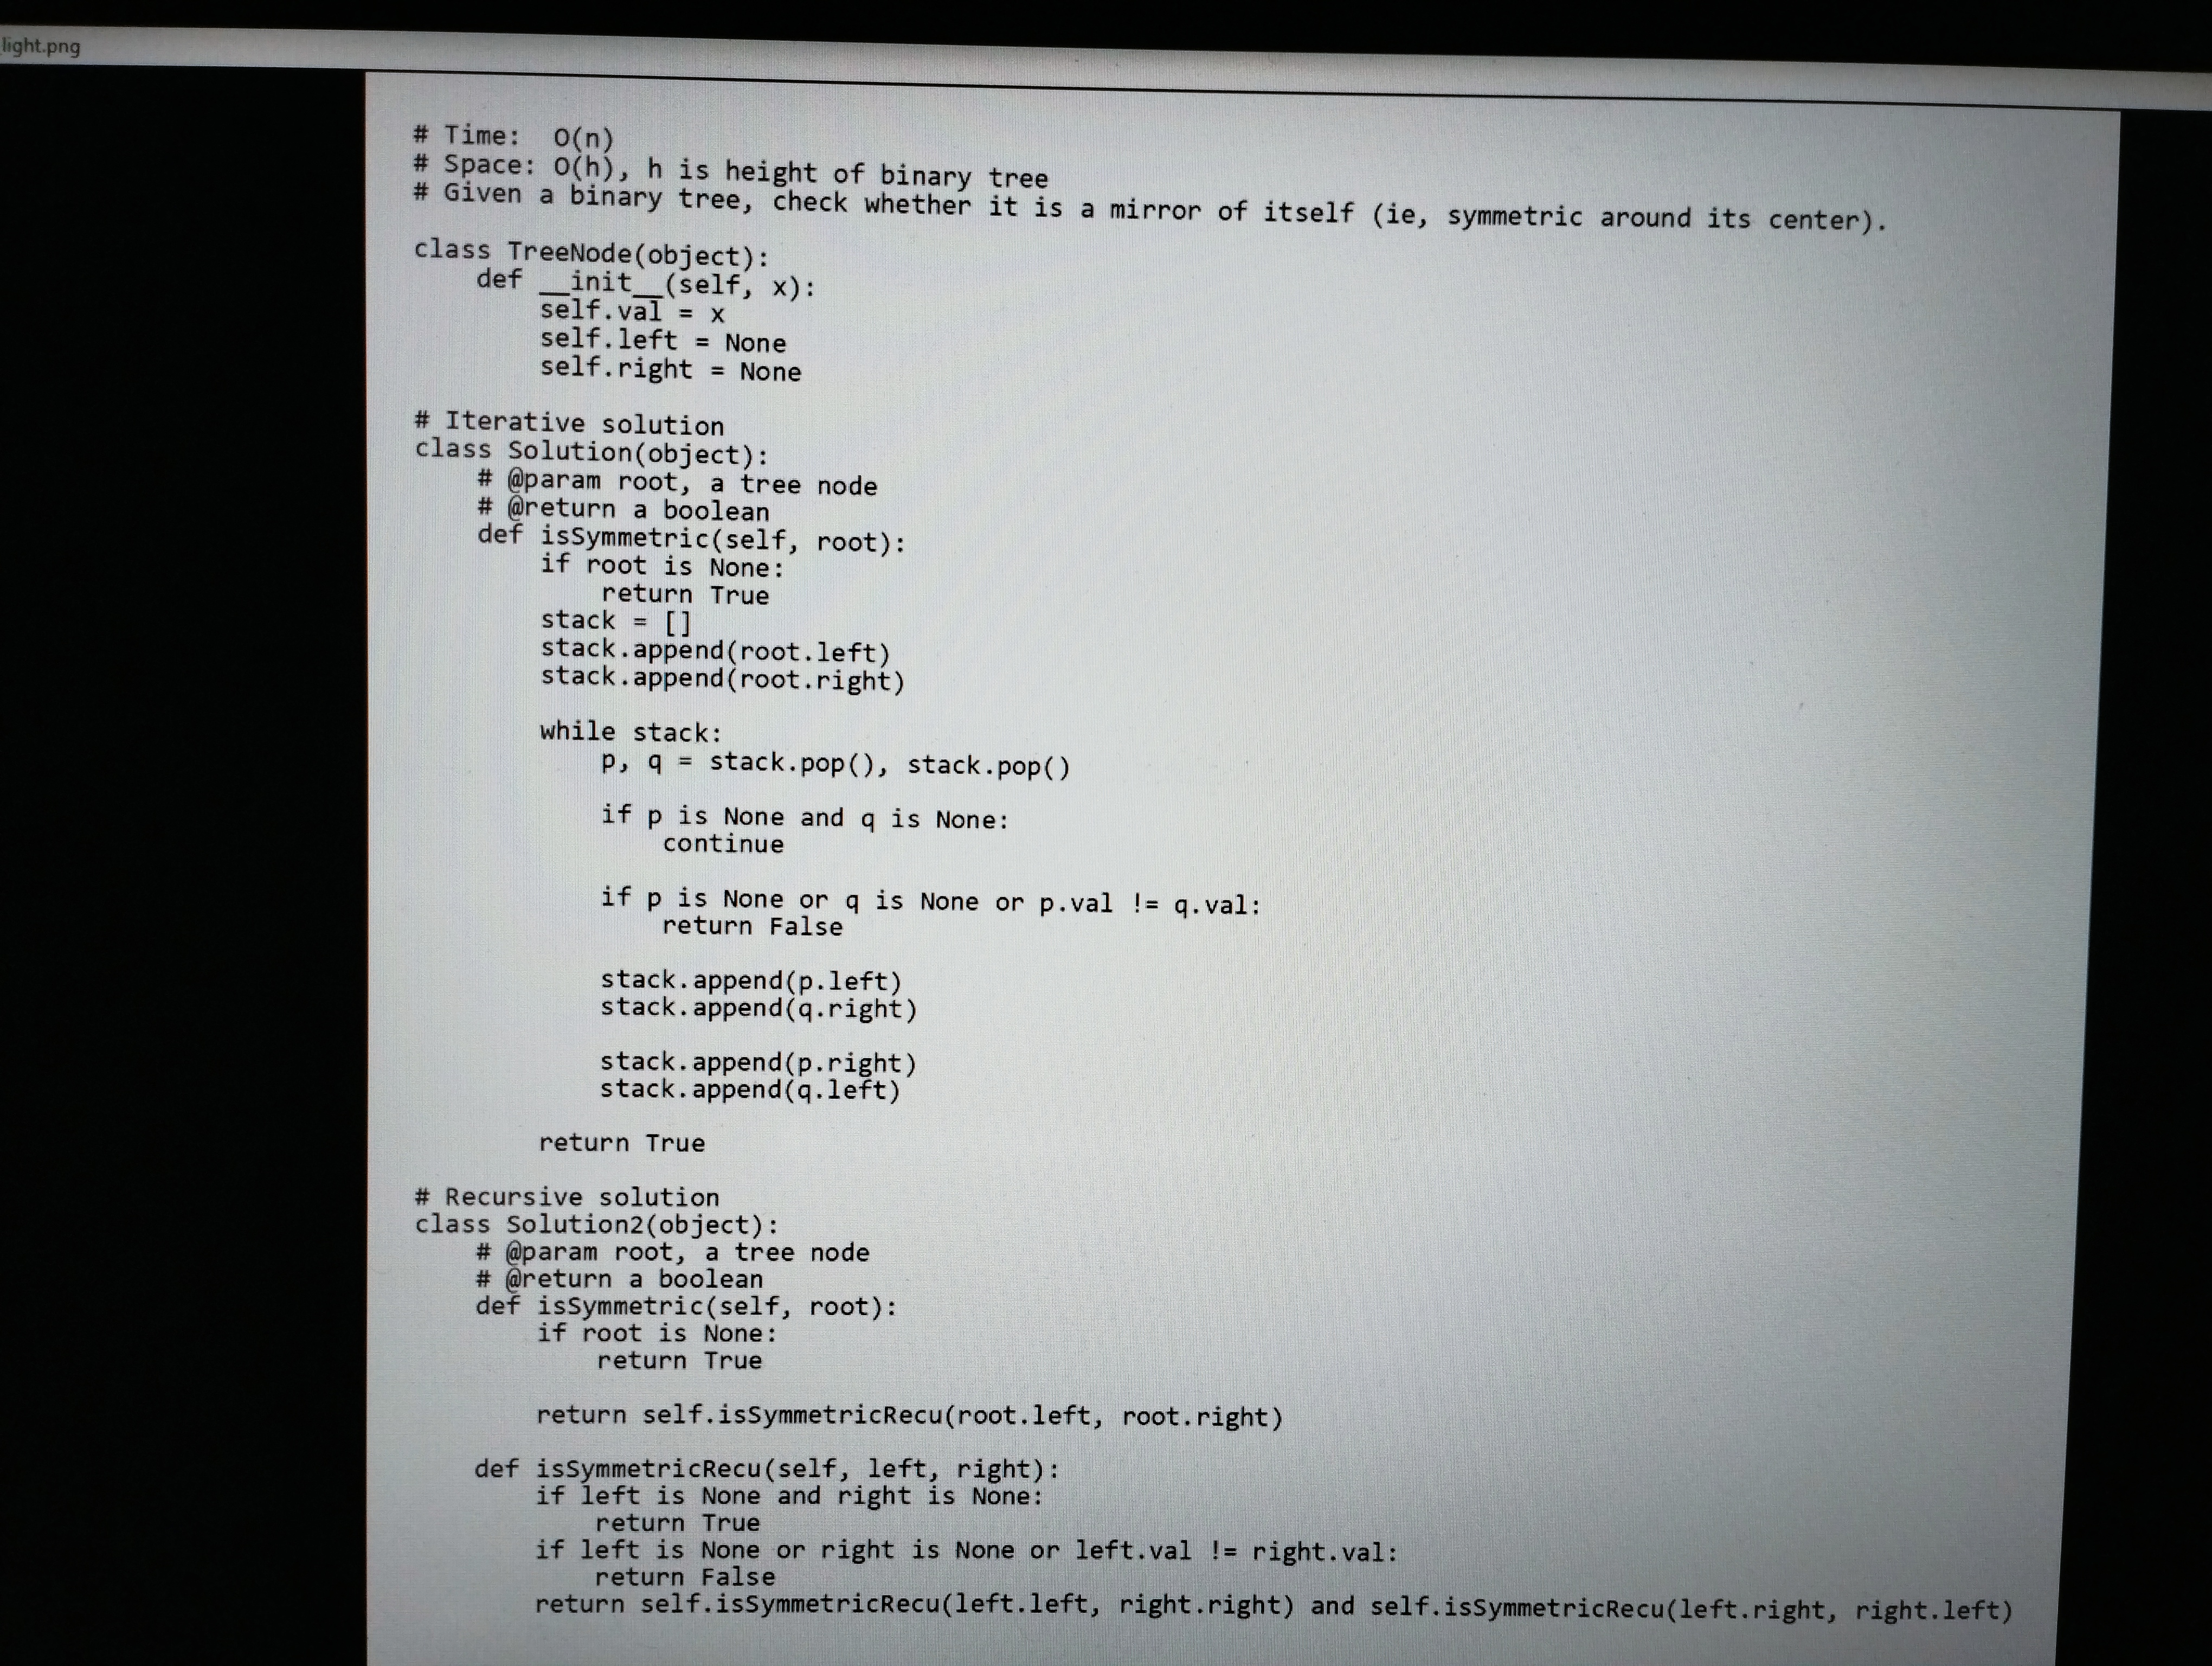
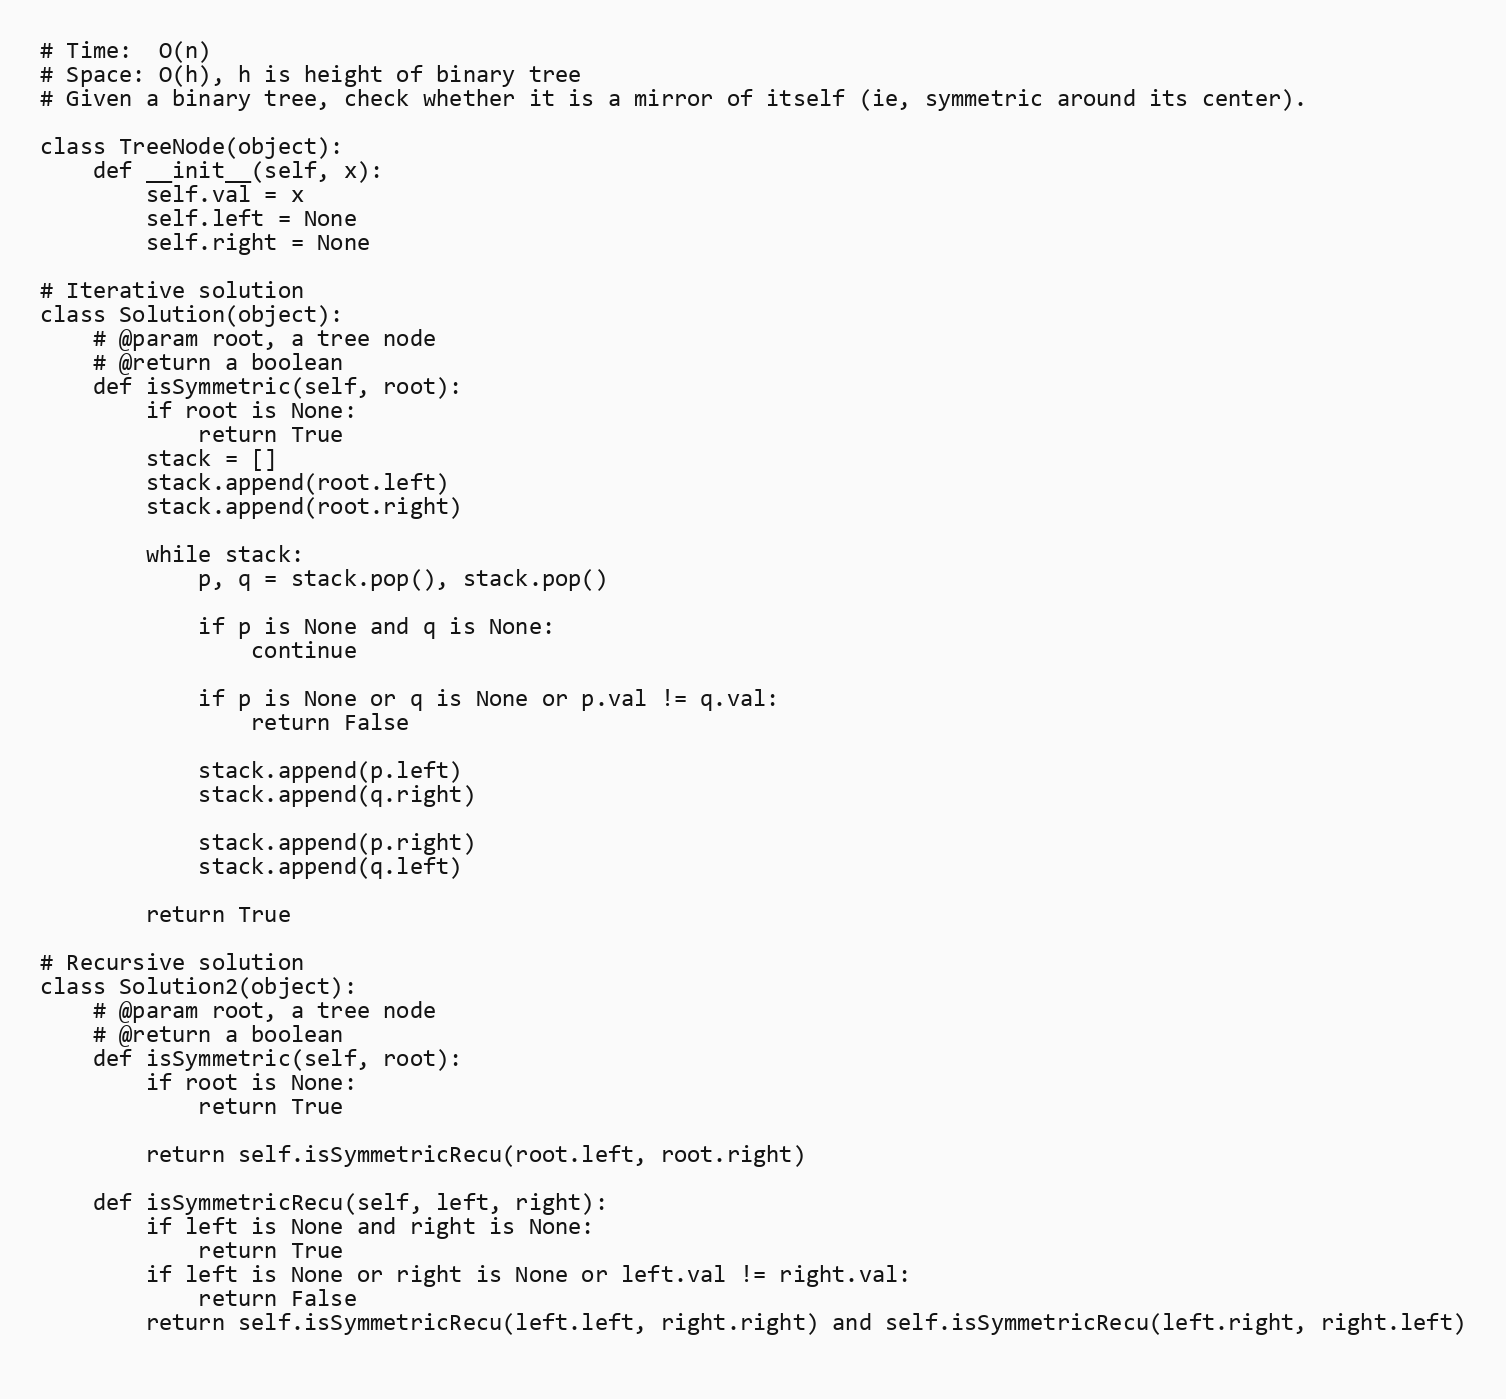
# Time:  O(n)
# Space: O(h), h is height of binary tree
# Given a binary tree, check whether it is a mirror of itself (ie, symmetric around its center).

class TreeNode(object):
    def __init__(self, x):
        self.val = x
        self.left = None
        self.right = None

# Iterative solution
class Solution(object):
    # @param root, a tree node
    # @return a boolean
    def isSymmetric(self, root):
        if root is None:
            return True
        stack = []
        stack.append(root.left)
        stack.append(root.right)

        while stack:
            p, q = stack.pop(), stack.pop()

            if p is None and q is None:
                continue

            if p is None or q is None or p.val != q.val:
                return False

            stack.append(p.left)
            stack.append(q.right)

            stack.append(p.right)
            stack.append(q.left)

        return True

# Recursive solution
class Solution2(object):
    # @param root, a tree node
    # @return a boolean
    def isSymmetric(self, root):
        if root is None:
            return True

        return self.isSymmetricRecu(root.left, root.right)

    def isSymmetricRecu(self, left, right):
        if left is None and right is None:
            return True
        if left is None or right is None or left.val != right.val:
            return False
        return self.isSymmetricRecu(left.left, right.right) and self.isSymmetricRecu(left.right, right.left)